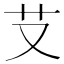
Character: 𦫿